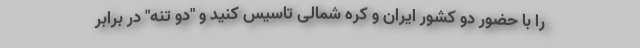
را با حضور دو کشور ایران و کره شمالی تاسیس کنید و "دو تنه" در برابر